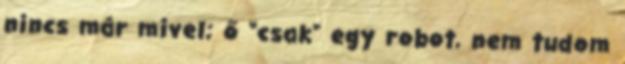
nincs már mivel; ő “csak” egy robot, nem tudom